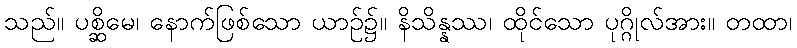
သည်။ ပစ္ဆိမေ၊ နောက်ဖြစ်သော ယာဉ်၌။ နိသိန္နဿ၊ ထိုင်သော ပုဂ္ဂိုလ်အား။ တထာ၊